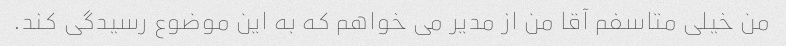
من خیلی متاسفم آقا من از مدیر می خواهم که به این موضوع رسیدگی کند.